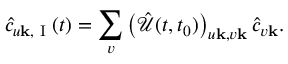
\hat { c } _ { u \mathbf { k } , \textrm { I } } ( t ) = \sum _ { v } \left( \hat { \mathcal { U } } ( t , t _ { 0 } ) \right) _ { u \mathbf { k } , v \mathbf { k } } \hat { c } _ { v \mathbf { k } } .